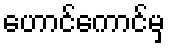
ဟောင်ကောင်မှ